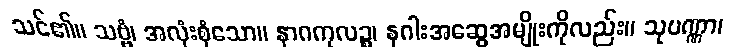
သင်၏။ သဗ္ဗံ၊ အလုံးစုံသော။ နာဂကုလဉ္စ၊ နဂါးအဆွေအမျိုးကိုလည်း။ သုပဏ္ဏာ၊